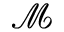
\mathcal { M }